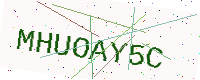
Text: MHUOAY5C